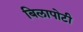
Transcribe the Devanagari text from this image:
बिलापोटी